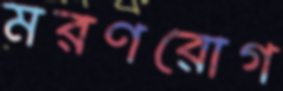
মরণরোগ